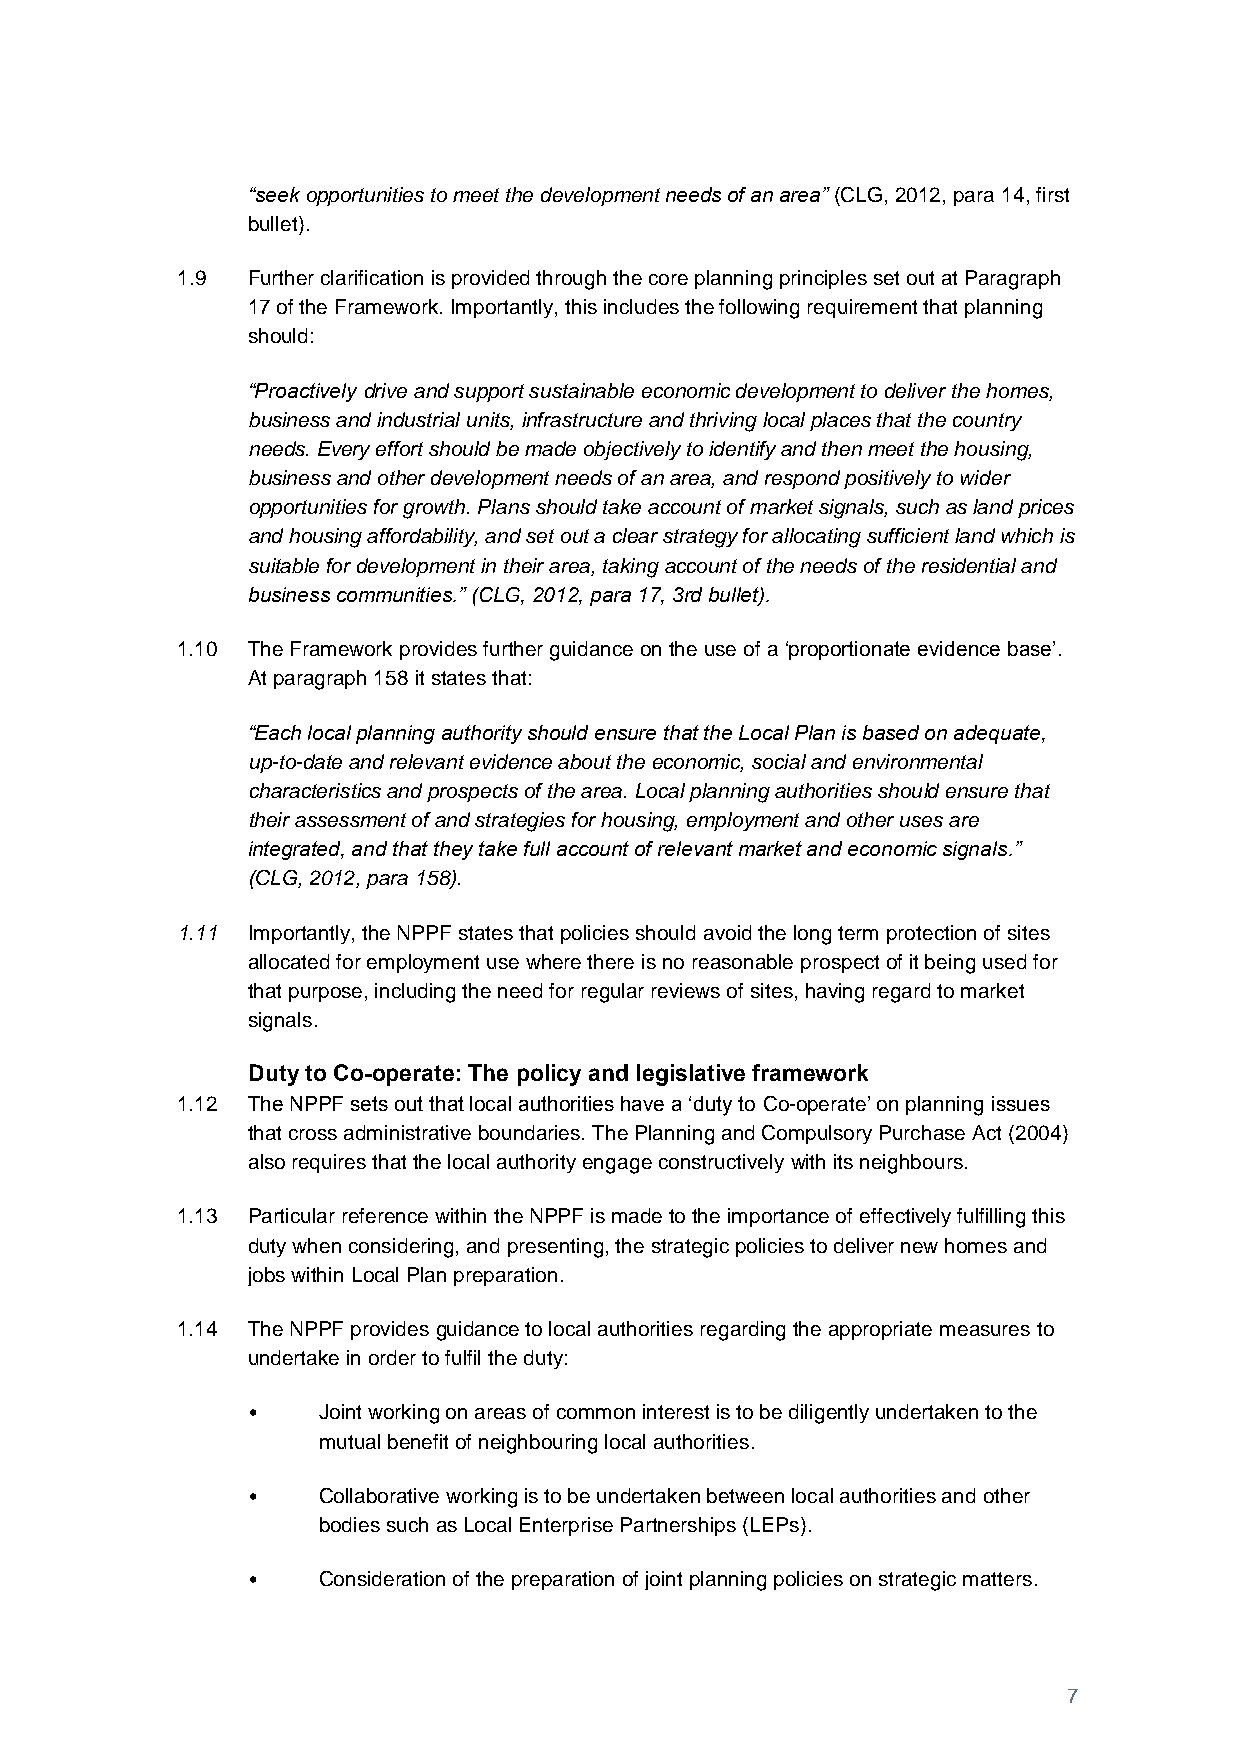
“seek opportunities to meet the development needs of an area” (CLG, 2012, para 14, first
 bullet).
 1.9 Further clarification is provided through the core planning principles set out at Paragraph
 17 of the Framework. Importantly, this includes the following requirement that planning
 should:
 “Proactively drive and support sustainable economic development to deliver the homes,
 business and industrial units, infrastructure and thriving local places that the country
 needs. Every effort should be made objectively to identify and then meet the housing,
 business and other development needs of an area, and respond positively to wider
 opportunities for growth. Plans should take account of market signals, such as land prices
 and housing affordability, and set out a clear strategy for allocating sufficient land which is
 suitable for development in their area, taking account of the needs of the residential and
 business communities.” (CLG, 2012, para 17, 3rd bullet).
 1.10 The Framework provides further guidance on the use of a ‘proportionate evidence base’.
 At paragraph 158 it states that:
 “Each local planning authority should ensure that the Local Plan is based on adequate,
 up-to-date and relevant evidence about the economic, social and environmental
 characteristics and prospects of the area. Local planning authorities should ensure that
 their assessment of and strategies for housing, employment and other uses are
 integrated, and that they take full account of relevant market and economic signals.”
 (CLG, 2012, para 158).
 1.11 Importantly, the NPPF states that policies should avoid the long term protection of sites
 allocated for employment use where there is no reasonable prospect of it being used for
 that purpose, including the need for regular reviews of sites, having regard to market
 signals.
 Duty to Co-operate: The policy and legislative framework
 1.12 The NPPF sets out that local authorities have a ‘duty to Co-operate’ on planning issues
 that cross administrative boundaries. The Planning and Compulsory Purchase Act (2004)
 also requires that the local authority engage constructively with its neighbours.
 1.13 Particular reference within the NPPF is made to the importance of effectively fulfilling this
 duty when considering, and presenting, the strategic policies to deliver new homes and
 jobs within Local Plan preparation.
 1.14 The NPPF provides guidance to local authorities regarding the appropriate measures to
 undertake in order to fulfil the duty:
 •    Joint working on areas of common interest is to be diligently undertaken to the
 mutual benefit of neighbouring local authorities.
 •    Collaborative working is to be undertaken between local authorities and other
 bodies such as Local Enterprise Partnerships (LEPs).
 •    Consideration of the preparation of joint planning policies on strategic matters.
 7